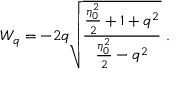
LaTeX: { \cal { W } } _ { q } = - 2 q \sqrt { \frac { { \frac { \eta _ { 0 } ^ { 2 } } { 2 } } + 1 + q ^ { 2 } } { { \frac { \eta _ { 0 } ^ { 2 } } { 2 } } - q ^ { 2 } } } \; .